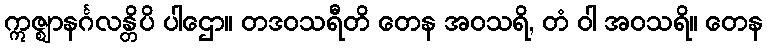
ဣဇ္ဈာနင်္ဂလန္တိပိ ပါဌော။ တဒဝသရီတိ တေန အဝသရိ, တံ ဝါ အဝသရိ။ တေန